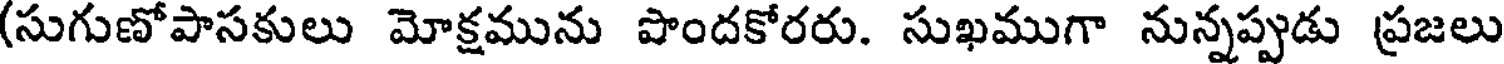
(సుగుణోపాసకులు మోక్షమును పొందకోరరు. సుఖముగా నున్నప్పుడు ప్రజలు